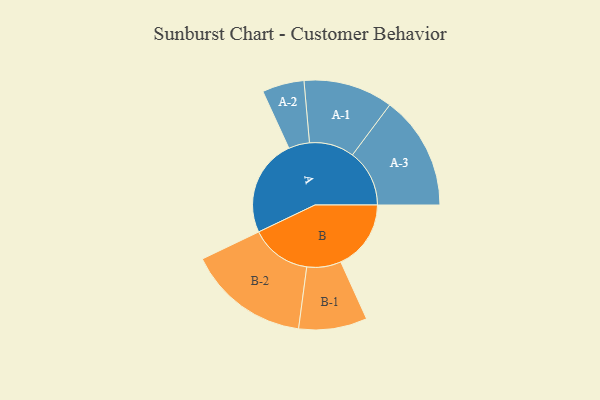
{"axis": {"x": "Segment", "y": "Value"}, "legend": ["", "A", "B"], "data": [{"x": "A", "y": 478, "type": ""}, {"x": "B", "y": 345, "type": ""}, {"x": "A-1", "y": 220, "type": "A"}, {"x": "A-2", "y": 103, "type": "A"}, {"x": "A-3", "y": 280, "type": "A"}, {"x": "B-1", "y": 168, "type": "B"}, {"x": "B-2", "y": 299, "type": "B"}]}